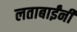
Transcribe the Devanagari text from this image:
लताबाईंनी